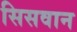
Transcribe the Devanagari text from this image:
सिसवान